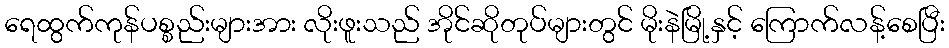
ရေထွက်ကုန်ပစ္စည်းများအား လိုးဖူးသည် အိုင်ဆိုတုပ်များတွင် မိုးနဲမြို့နှင့် ကြောက်လန့်စေပြီး